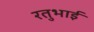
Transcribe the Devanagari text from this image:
रतुभाई